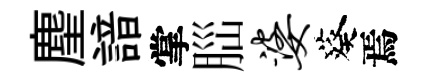
麈諳掌𦛁婆葵焉